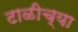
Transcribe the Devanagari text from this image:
टाळीच्या